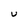
Character: U